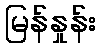
မြန်နှုန်း